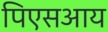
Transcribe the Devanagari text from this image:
पिएसआय